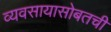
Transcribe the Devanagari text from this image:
व्यवसायासोबतची